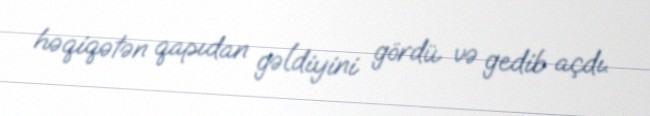
həqiqətən qapıdan gəldiyini gördü və gedib açdı.